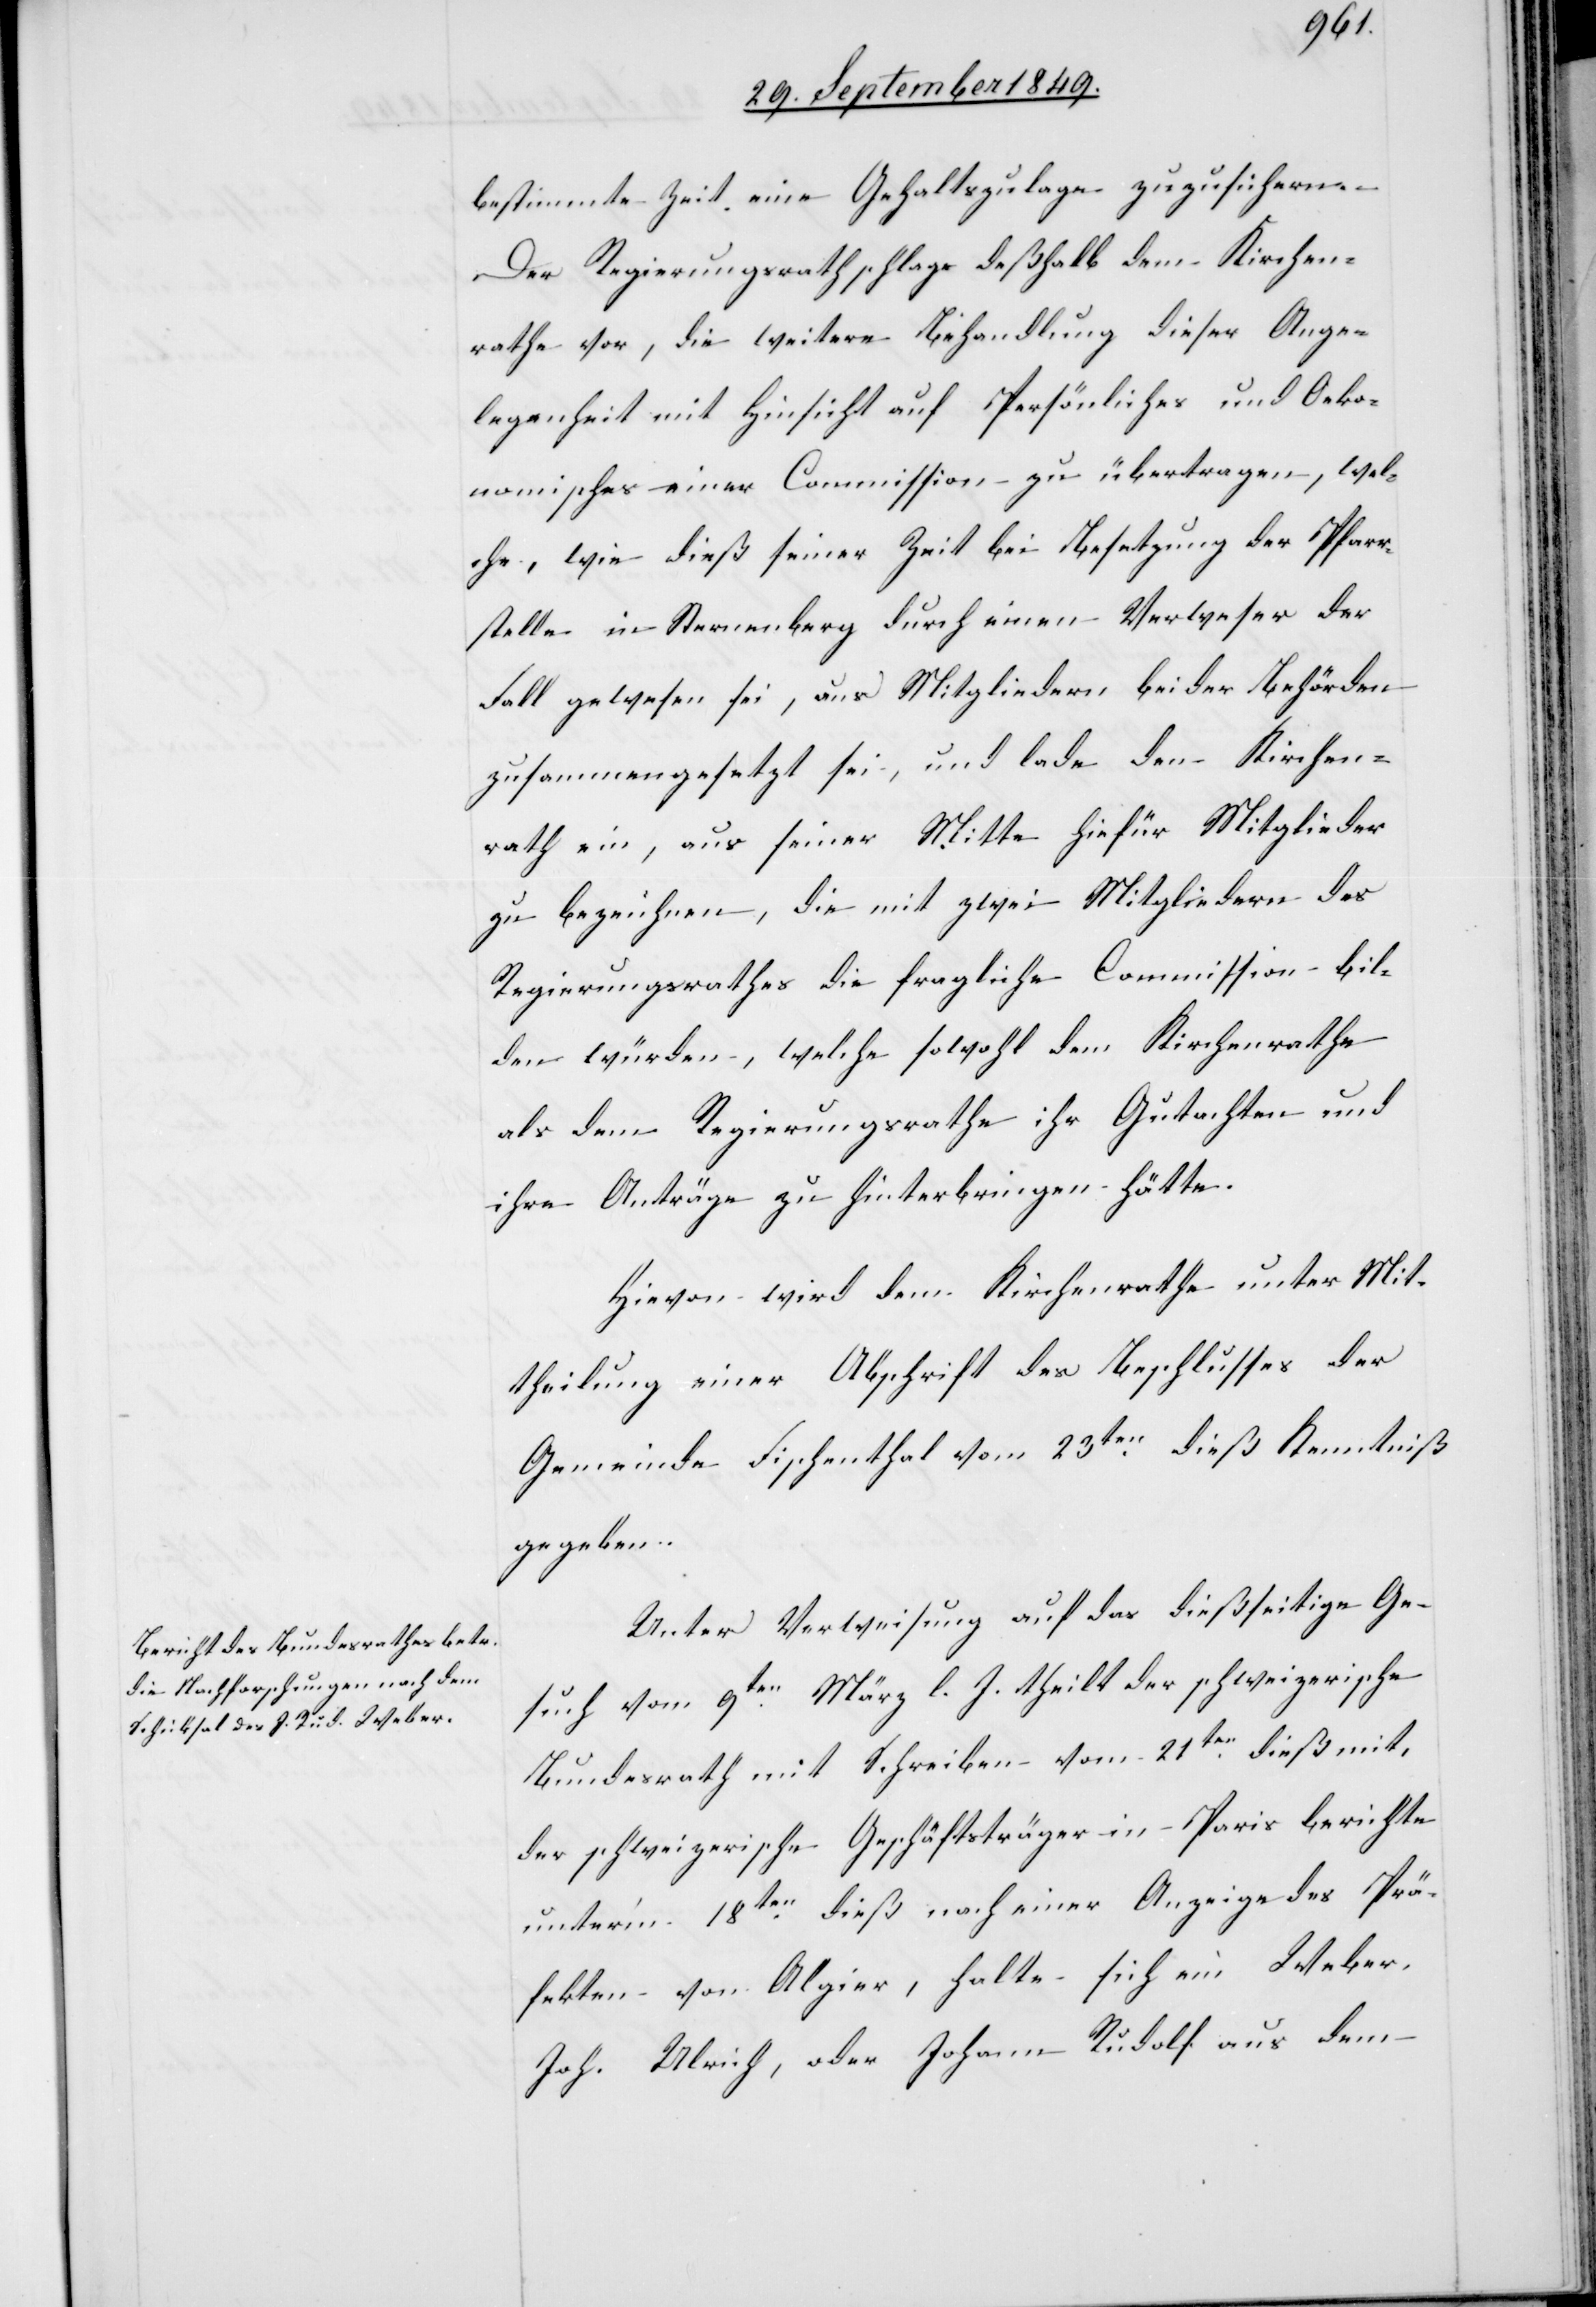
bestimmte Zeit eine Gehaltszulage zuzusichern.
Der Regierungsrath schlage deßhalb dem Kirchen¬
rathe vor, die weitere Behandlung dieser Ange¬
legenheit mit Hinsicht auf Persönliches und Oeko¬
nomisches einer Commission zu übertragen, wel¬
che, wie dieß seiner Zeit bei Besetzung der Pfarr¬
stelle in Sternenberg durch einen Verweser der
Fall gewesen sei, aus Mitgliedern, beider Behörden
zusammengesetzt sei, und lade den Kirchen¬
rath ein, aus seiner Mitte hiefür Mitglieder
zu bezeichnen, die mit zwei Mitgliedern des
Regierungsrathes die fragliche Commission bil¬
den würden, welche sowohl dem Kirchenrathe
als dem Regierungsrathe ihr Gutachten und
ihre Anträge zu hinterbringen hätte.
Hievon wird dem Kirchenrathe unter Mit¬
theilung einer Abschrift des Beschlusses der
Gemeinde Fischenthal vom 23ten dieß Kenntniß
gegeben.
Unter Verweisung auf das dießseitige Ge¬
such vom 9ten März l. J. theilt der schweizerische
Bundesrath mit Schreiben vom 21ten dieß mit,
der schweizerische Geschäftsträger in Paris berichte
unter’m 18ten dieß nach einer Anzeige des Prä¬
fekten von Algier, halte sich ein Weber,
Joh. Ulrich, oder Johann Rudolf aus dem